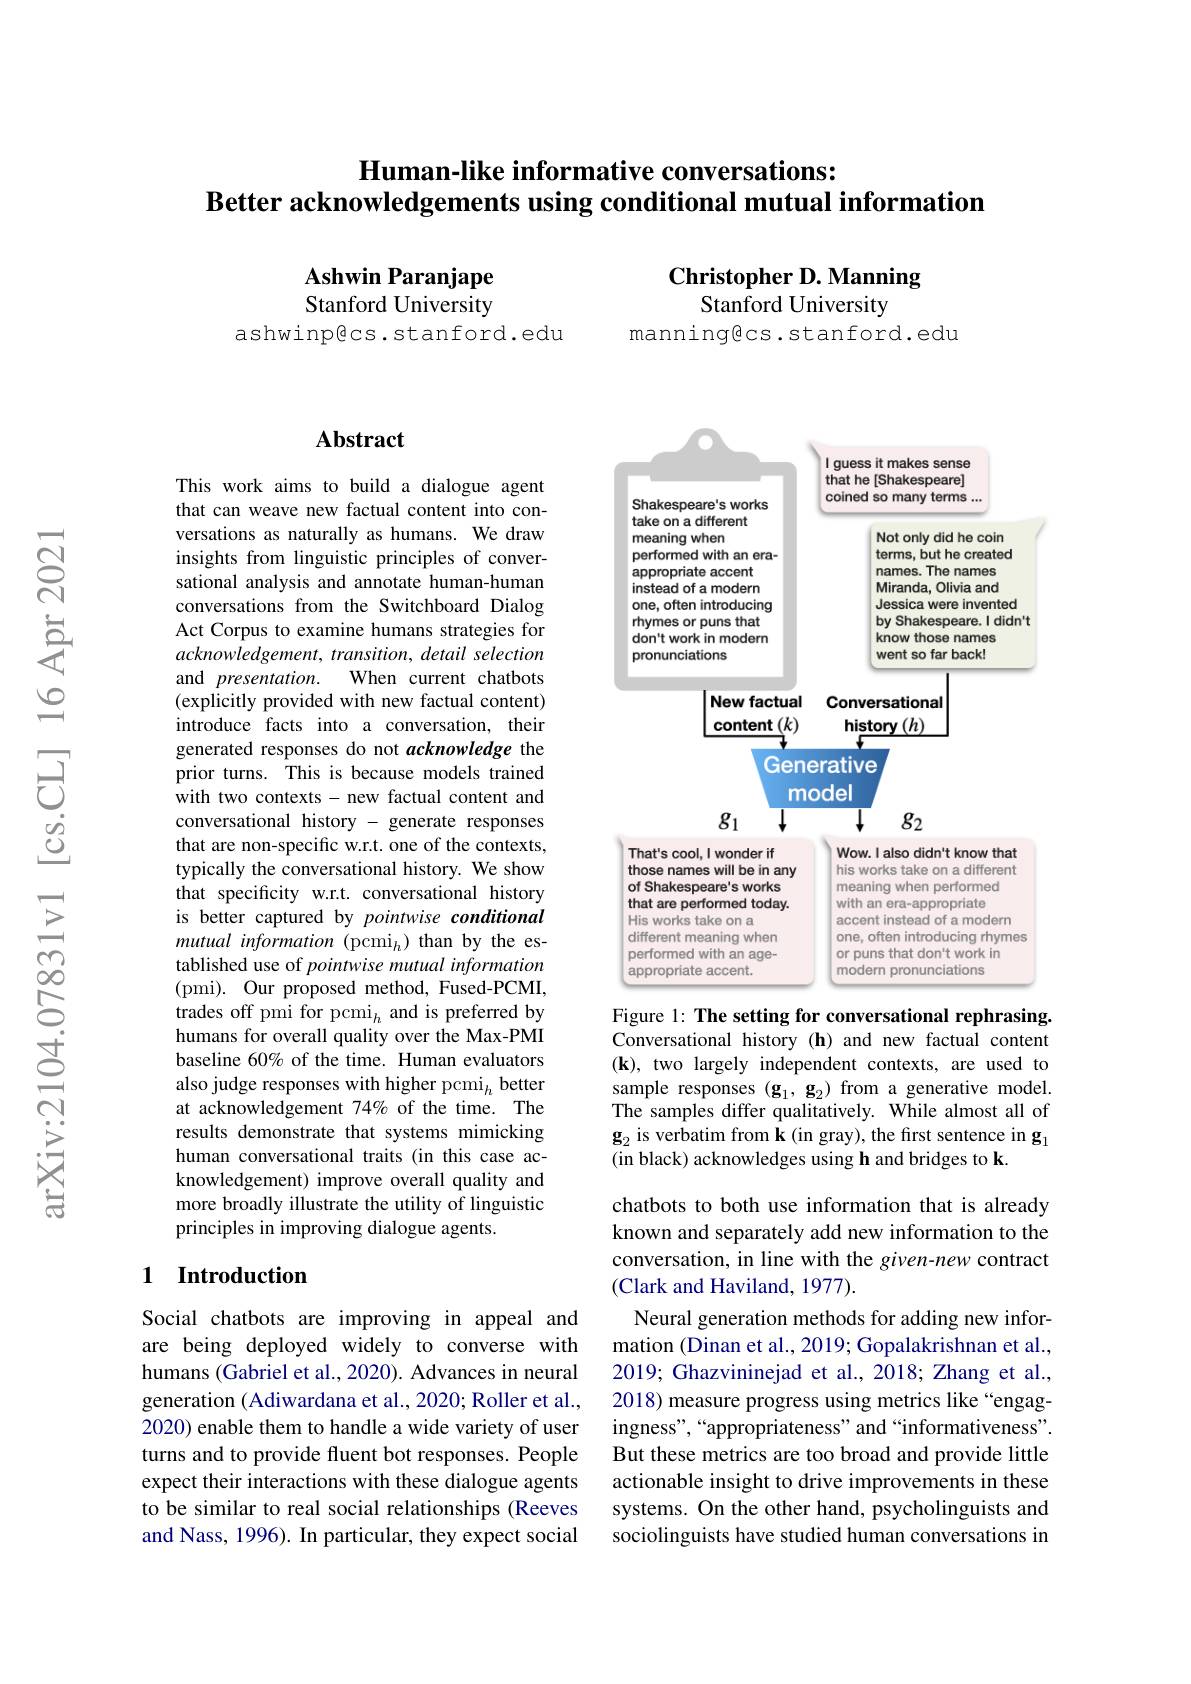
# Human-like informative conversations: $\textbf{Better acknowledgements using conditional mutual information}$

Ashwin Paranjape Stanford University

# Christopher D. Manning Stanford University

ashwinp@cs.stanford.edu

manningecs.stanford.edu

### Abstract

This work aims to build a dialogue agent that can weave new factual content into conversations as naturally as humans. We draw insights from linguistic principles of conversational analysis and annotate human-human conversations from the Switchboard Dialog Act Corpus to examine humans strategies for acknowledgement, transition, detail selection
When current chatbots
and presentation.
(explicitly provided with new factual content) introduce facts into a conversation, their generated responses do not acknowledge the prior turns. This is because models trained with two contexts - new factual content and conversational history - generate responses that are non-specific w.r.t. one of the contexts, typically the conversational history. We show that specificity w.r.t. conversational history is better captured by pointwise conditional mutual information (pcmi$_h)$ than by the established use of pointwise mutual information (pmi). Our proposed method, Fused-PCMI, trades off pmi for pcmi$_h$ and is preferred by humans for overall quality over the Max-PMI baseline 60% of the time. Human evaluators also judge responses with higher pcmi$_h$ better at acknowledgement 74% of the time. The results demonstrate that systems mimicking human conversational traits (in this case acknowledgement) improve overall quality and more broadly illustrate the utility of linguistic principles in improving dialogue agents.

### 1 $\textbf{Introduction}$

Social chatbots are improving in appeal and are being deployed widely to converse with humans (Gabriel et al., 2020). Advances in neural generation (Adiwardana et al., 2020; Roller et al., 2020) enable them to handle a wide variety of user turns and to provide fluent bot responses. People expect their interactions with these dialogue agents to be similar to real social relationships (Reeves and Nass, 1996). In particular, they expect social

<FigureHere>

Figure 1: The setting for conversational rephrasing. Conversational history(h) and new factual content (k), two largely independent contexts, are used to sample responses $(\mathbf{g}_{1},\mathbf{g}_{2})$ from a generative model. The samples differ qualitatively. While almost all of $\mathbf{g}_{2}\hat{\text{ is verbatim from k (in gray), the first sentence in g}}_{1}$ (in black) acknowledges using h and bridges to k.

chatbots to both use information that is already known and separately add new information to the conversation, in line with the given-new contract (Clark and Haviland, 1977).
Neural generation methods for adding new information (Dinan et al., 2019; Gopalakrishnan et al., 2019; Ghazvininejad et al., 2018; Zhang et al., 2018) measure progress using metrics like “engagingness",“appropriateness" and“informativeness”. But these metrics are too broad and provide little actionable insight to drive improvements in these systems. On the other hand, psycholinguists and sociolinguists have studied human conversations in